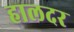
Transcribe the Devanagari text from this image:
हालदर